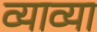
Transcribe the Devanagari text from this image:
व्याव्या